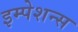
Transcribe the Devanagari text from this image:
इम्पेशन्स